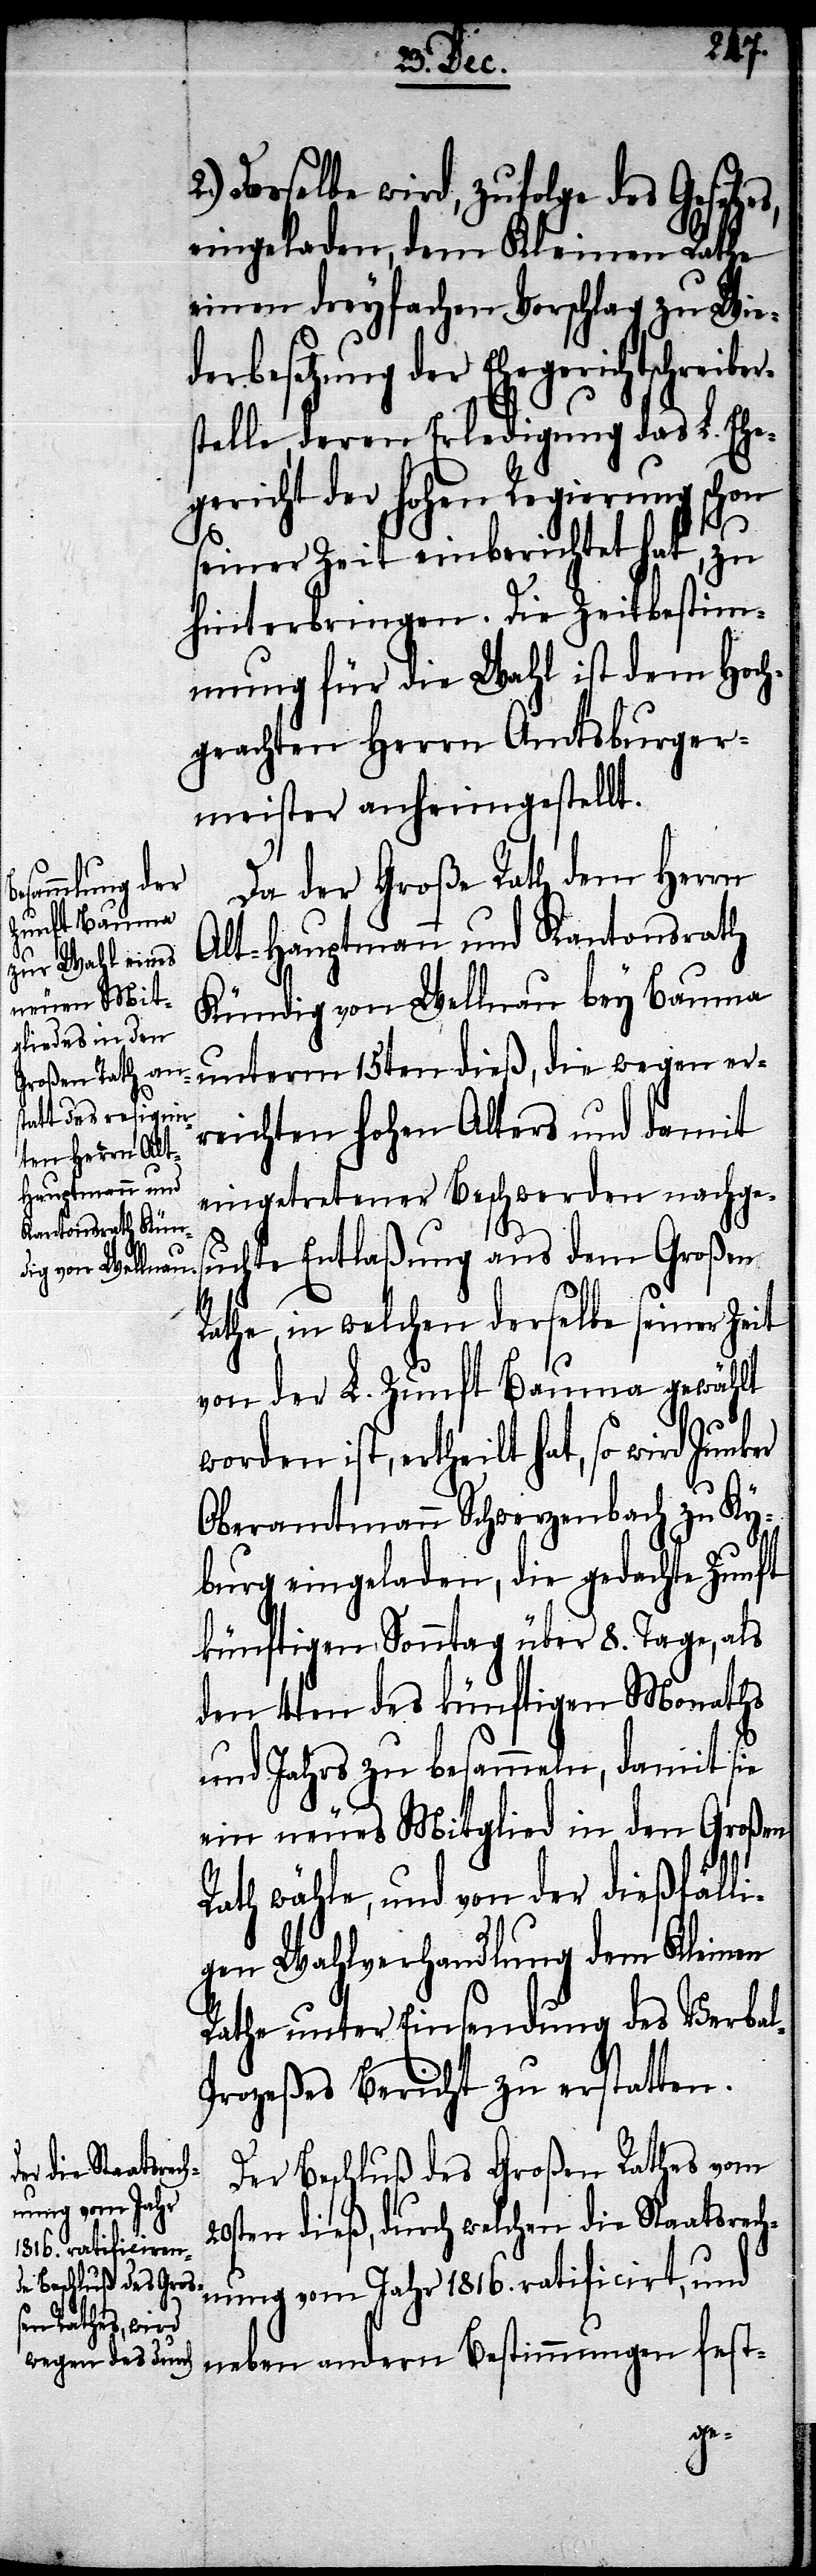
20s¬
Dasselbe wird, zufolge des Gesetze¬
eingeladen, dem Kleinen Rathe
einen dreyfachen Vorschlag zu Wie¬
derbesetzung der Ehegerichtschreibe¬
stelle, deren Erledigung das L. Ehe¬
gericht der Hohen Regierung schon
seiner Zeit einberichtet hat, zu
hinterbringen. Die Zeitbestim¬
mung für die Wahl ist dem Hoch¬
geachten Herrn Amtsburger¬
meister anheimgestellt.
Da der Große Rath dem Herrn
Alt-Hauptmann und Kantonsrath
Kündig von Wellnau bey Bauma
unterm 15ten dieß, die wegen er¬
reichten Hohen Alters und damit
eingetretener Beschwerden nachges¬
uchte Entlaßung aus dem Großen
Rathe, in welchen derselben seiner Zeit
von der L. Zunft Bauma gewählt
worden ist, ertheilt, hat, so wird
Oberamtmann Schwerzenbach zu Ky¬
burg eingeladen, die gedachte Zunft
künftigen Sonntag über 8. Tage, als
den 4ten des künftigen Monaths
und Jahrs zu besammeln, damit sie
ein neues Mitglied in den Großen
Rath wähle, und von der dießfälli¬
gen Wahlverhandlung des Verbal-P¬
rozeßes Bericht zu erstatten.
Der Beschluß des Großen Rathes vom
ten dieß, durch welchen die Staatsrech¬
nung vom Jahr 1816. ratificirt, und
neben andern Bestimmungen fest-
r¬